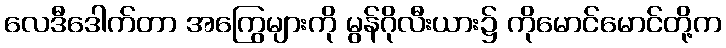
လေဒီဒေါက်တာ အကြွေများကို မွန်ဂိုလီးယား၌ ကိုမောင်မောင်တို့က